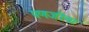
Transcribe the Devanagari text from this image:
पणजीचा